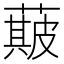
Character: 𮑣